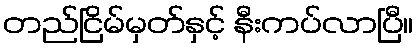
တည်ငြိမ်မှတ်နှင့် နီးကပ်လာပြီ။